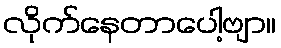
လိုက်နေတာပေါ့ဗျာ။